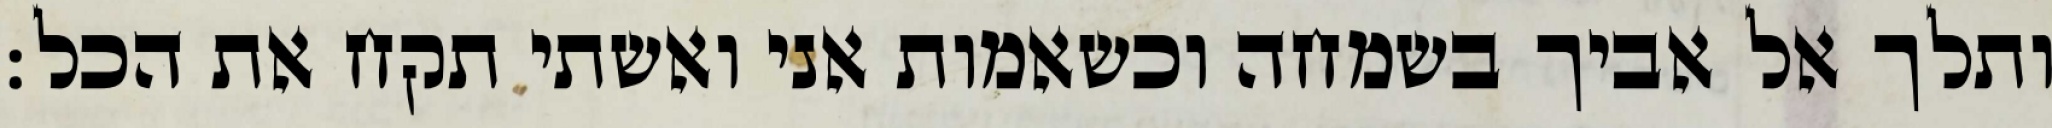
ותלך אל אביך בשמחה וכשאמות אני ואשתי תקח את הכל: